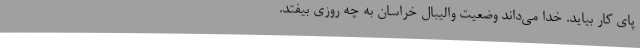
پای کار بیاید. خدا می‌داند وضعیت والیبال خراسان به چه روزی بیفتد.